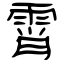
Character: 霄